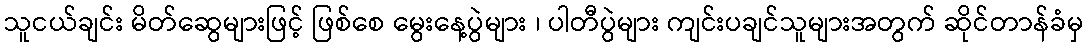
သူငယ်ချင်း မိတ်ဆွေများဖြင့် ဖြစ်စေ မွေးနေ့ပွဲများ ၊ ပါတီပွဲများ ကျင်းပချင်သူများအတွက် ဆိုင်တာန်ခံမှ